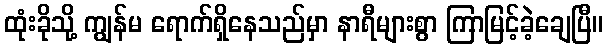
ထုံးခိုသို့ ကျွန်မ ရောက်ရှိနေသည်မှာ နာရီများစွာ ကြာမြင့်ခဲ့ချေပြီ။